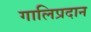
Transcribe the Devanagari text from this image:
गालिप्रदान